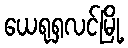
ယေရုရှလင်မြို့